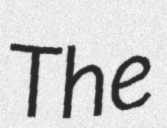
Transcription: The